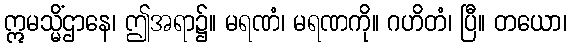
ဣမသ္မိံဌာနေ၊ ဤအရာ၌။ မရဏံ၊ မရဏကို။ ဂဟိတံ၊ ပြီ။ တယော၊